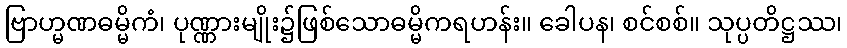
ဗြာဟ္မဏဓမ္မိကံ၊ ပုဏ္ဏားမျိုး၌ဖြစ်သောဓမ္မိကရဟန်း။ ခေါပန၊ စင်စစ်။ သုပ္ပတိဋ္ဌဿ၊